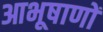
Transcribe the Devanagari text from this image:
आभूषाणों